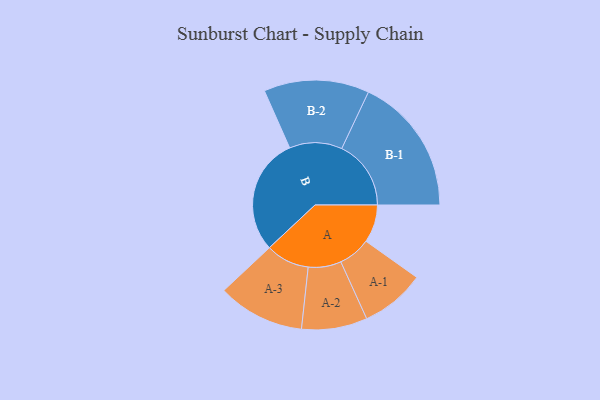
{"axis": {"x": "Segment", "y": "Value"}, "legend": ["", "A", "B"], "data": [{"x": "A", "y": 128, "type": ""}, {"x": "B", "y": 395, "type": ""}, {"x": "A-1", "y": 109, "type": "A"}, {"x": "A-2", "y": 111, "type": "A"}, {"x": "A-3", "y": 147, "type": "A"}, {"x": "B-1", "y": 234, "type": "B"}, {"x": "B-2", "y": 178, "type": "B"}]}